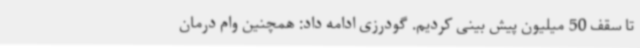
تا سقف 50 میلیون پیش بینی کردیم. گودرزی ادامه داد: همچنین وام درمان